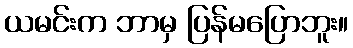
ယမင်းက ဘာမှ ပြန်မပြောဘူး။